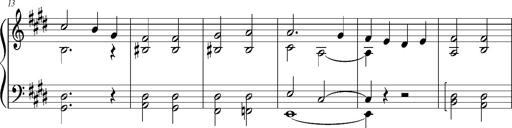
Title: Resignazione, S.187a/b
Composer: Franz Liszt